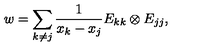
w = \sum _ { k \neq j } \frac { 1 } { x _ { k } - x _ { j } } E _ { k k } \otimes E _ { j j } ,